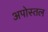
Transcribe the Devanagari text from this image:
अपोस्तल